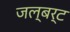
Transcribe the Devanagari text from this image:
जल्बर्ट